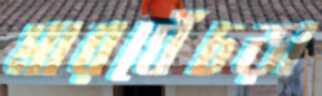
মারঘেঁচড়া